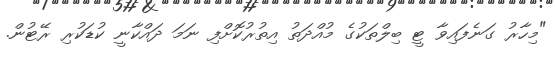
"މިހާރު ގަނެފައިވާ ޓީ ބިލްތަކުގެ މުއްދަތު އިތުރުކޮށްފި ނަމަ ދައްކާނީ ކުޑަކުރި ރޭޓުން.